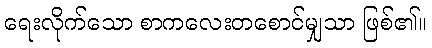
ရေးလိုက်သော စာကလေးတစောင်မျှသာ ဖြစ်၏။